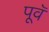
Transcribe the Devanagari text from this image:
पूवॅ